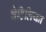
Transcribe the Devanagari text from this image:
चेटिलियन